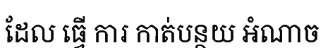
ដែល ធ្វើ ការ កាត់បន្ថយ អំណាច